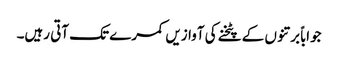
جواباً برتنوں کے پٹخنے کی آوازیں کمرے تک آتی رہیں۔